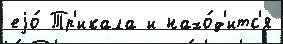
еjо́ Тр'икала и нахо́д'итс'я